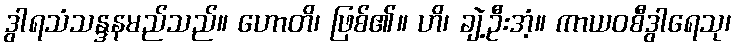
ဒွါရသံသန္ဒနမည်သည်။ ဟောတိ၊ ဖြစ်၏။ ဟိ၊ ချဲ့ဦးအံ့။ ကာယဝစီဒွါရေသု၊